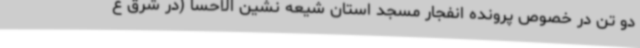
دو تن در خصوص پرونده انفجار مسجد استان شیعه نشین الاحسا (در شرق ع